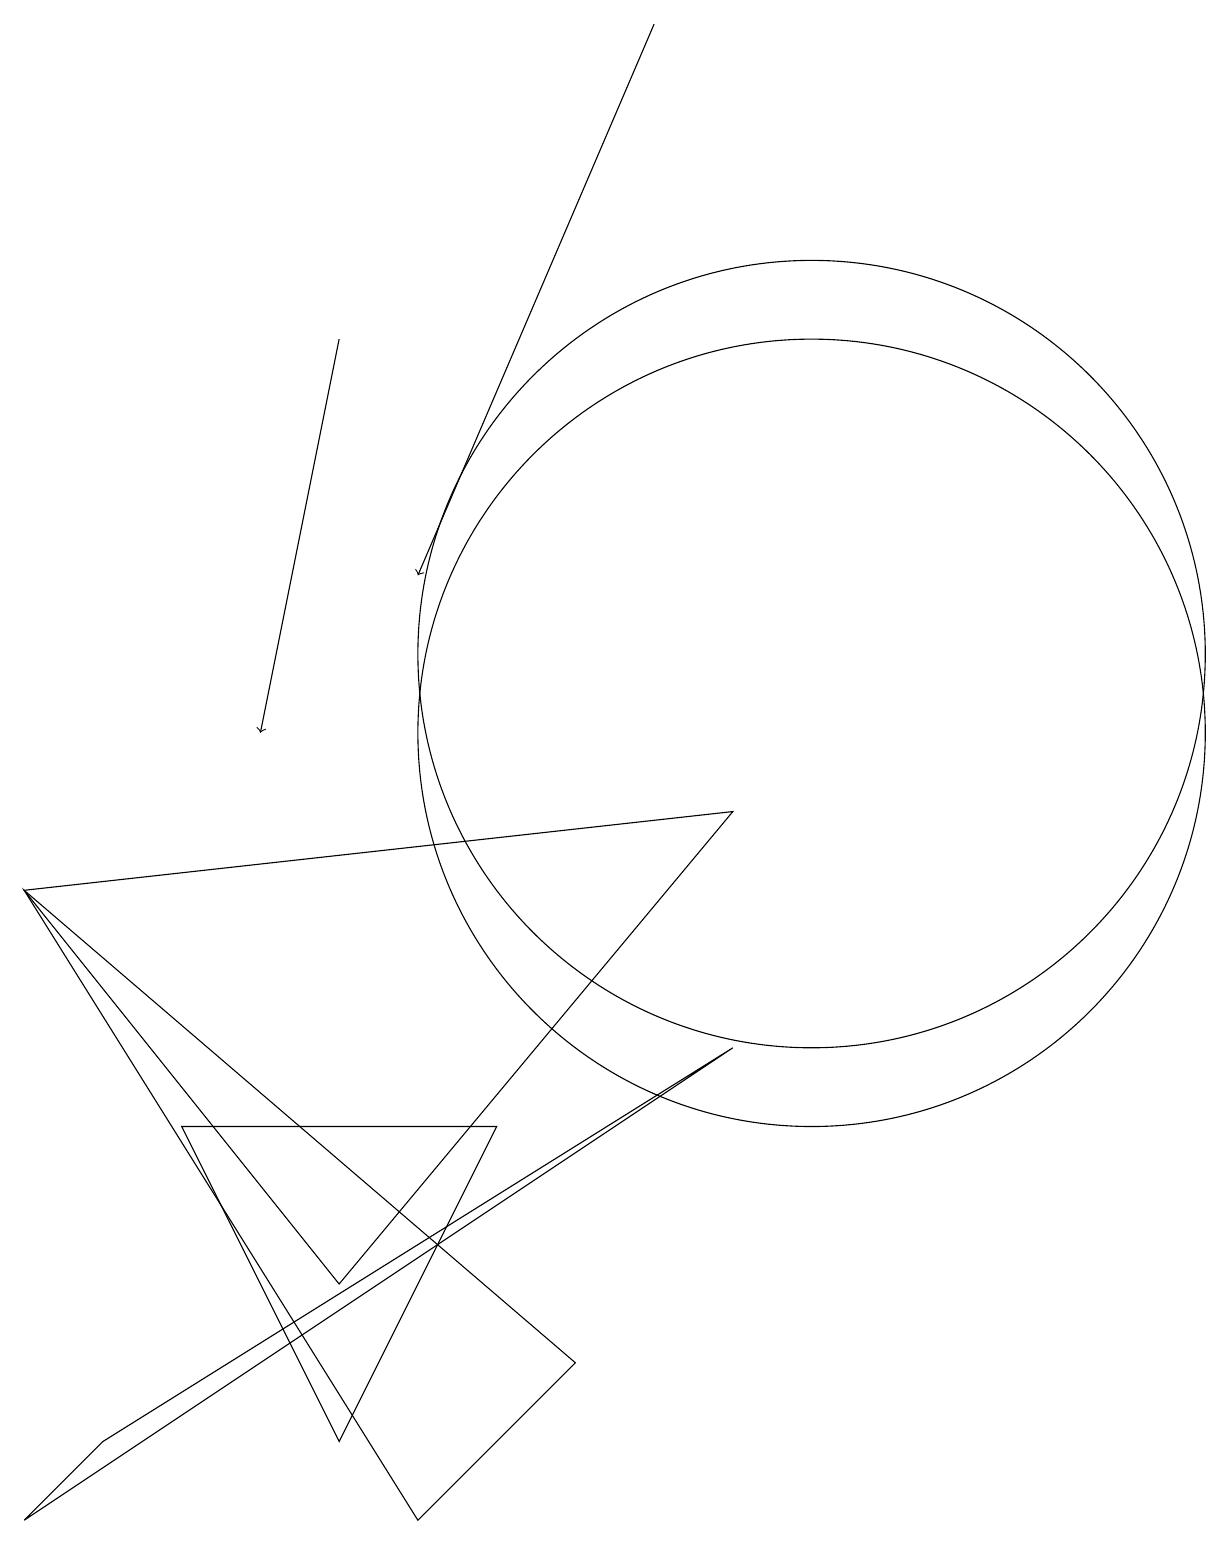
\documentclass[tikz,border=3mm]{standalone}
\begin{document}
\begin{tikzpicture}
\draw (10,11) circle (5);
\draw (0,8) -- (5,0) -- (7,2) -- cycle;
\draw (0,8) -- (4,3) -- (9,9) -- cycle;
\draw[->] (8,19) -- (5,12);
\draw (10,10) circle (5);
\draw[->] (4,15) -- (3,10);
\draw (6,5) -- (4,1) -- (2,5) -- cycle;
\draw (9,6) -- (1,1) -- (0,0) -- cycle;
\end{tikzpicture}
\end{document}